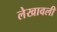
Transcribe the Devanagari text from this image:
लेखावली